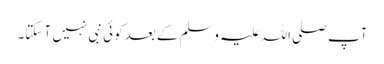
آپ صلی اللہ علیہ وسلم کے بعد کوئی نبی نہیں آ سکتا۔